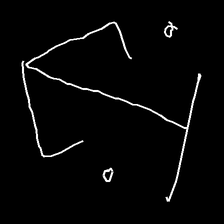
Glyph: earth